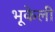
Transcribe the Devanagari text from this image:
भूकेली